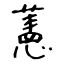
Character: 藼